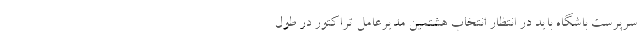
سرپرست باشگاه باید در انتظار انتخاب هشتمین مدیرعامل تراکتور در طول